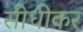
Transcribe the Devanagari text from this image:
सीधीकर